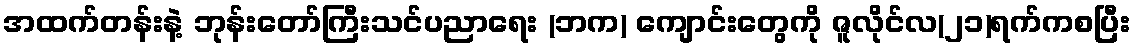
အထက်တန်းနဲ့ ဘုန်းတော်ကြီးသင်ပညာရေး (ဘက) ကျောင်းတွေကို ဇူလိုင်လ(၂၁)ရက်ကစပြီး